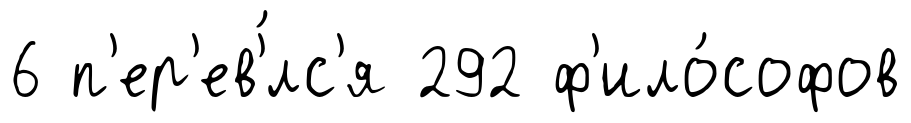
6 п'ер'ев'́лс'я 292 ф'ило́софов